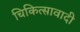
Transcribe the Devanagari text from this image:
चिकित्सावादी